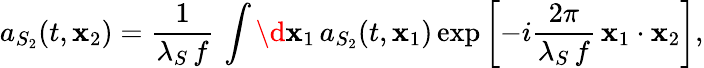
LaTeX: a_{S_{2}}(t,{\mathbf x}_{2})=\frac{1}{\lambda_{S}\, f}\, \int\d{\mathbf x}_{1}\, a_{S_{2}}(t,{\mathbf x}_{1})\exp\left[-i\frac{2\pi}{\lambda_{S}\, f}\, {\mathbf x}_{1}\cdot{\mathbf x}_{2}\right],